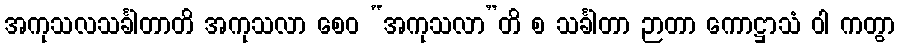
အကုသလသင်္ခါတာတိ အကုသလာ စေဝ “အကုသလာ”တိ စ သင်္ခါတာ ဉာတာ ကောဋ္ဌာသံ ဝါ ကတွာ